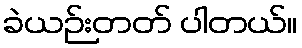
ခဲယဉ်းတတ် ပါတယ်။